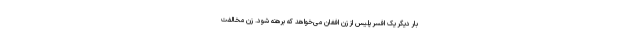
بار دیگر یک افسر پلیس از زن افغان می‌خواهد که برهنه شود. زن مخالفت